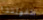
طفولتنا